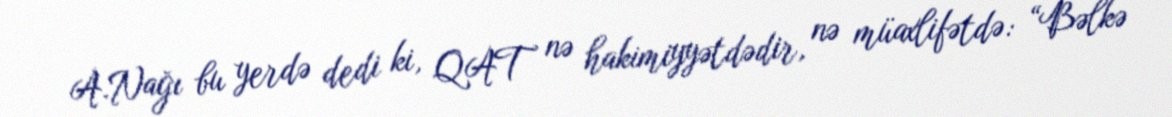
A.Nağı bu yerdə dedi ki, QAT nə hakimiyyətdədir, nə müaxlifətdə: “Bəlkə